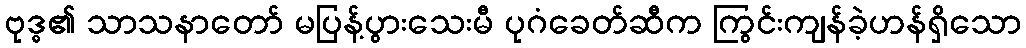
ဗုဒ္ဓ၏ သာသနာတော် မပြန့်ပွားသေးမီ ပုဂံခေတ်ဆီက ကြွင်းကျန်ခဲ့ဟန်ရှိသော